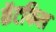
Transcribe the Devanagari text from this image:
कॅटफिश